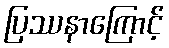
ပြဿနာကြောင့်